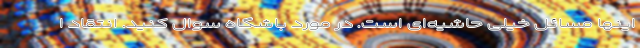
اینها مسائل خیلی حاشیه‌ای است. در مورد باشگاه سوال کنید. انتقاد ا